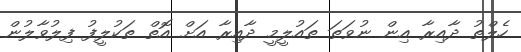
ހެލްތު ދާއިރާ އިން ނުވަތަ ތައުލީމީ ދާއިރާ އަށް އޮތް ތަކުލީފު ފިލުވާލުން